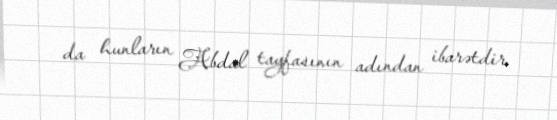
da hunların Abdal tayfasının adından ibarətdir.